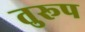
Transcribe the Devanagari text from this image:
तुरूप